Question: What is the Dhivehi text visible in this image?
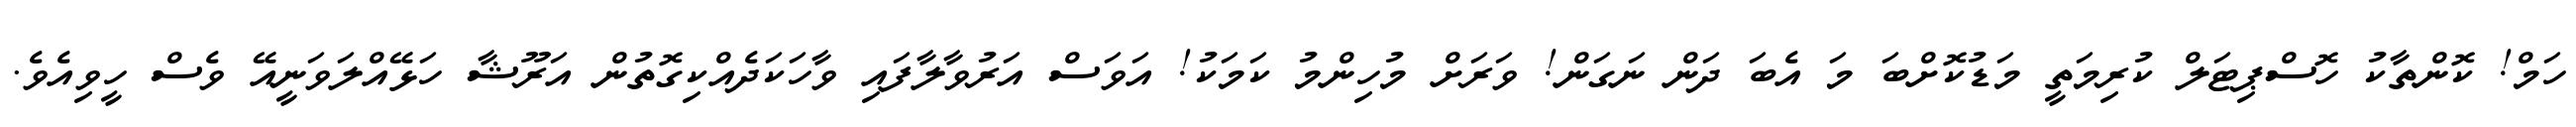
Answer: ހަމް! ކޮންތާކު ހޮސްޕިޓަލް ކުރިމަތީ މަޑުކޮށްބަ މަ އެބަ ދަން ނަގަން! ވަރަށް މުހިންމު ކަމަކު! އަވަސް އަރުވާލާފައި ވާހަކަދެއްކިގޮތުން އަރޫޝާ ހަޅޭއްލަވަނީއޭ ވެސް ހީވިއެވެ.